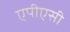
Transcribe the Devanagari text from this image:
एपीएसी